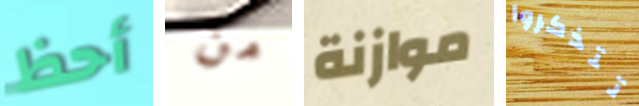
أحظ من موازنة تتذكروا